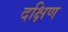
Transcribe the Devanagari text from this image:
दक्षिण